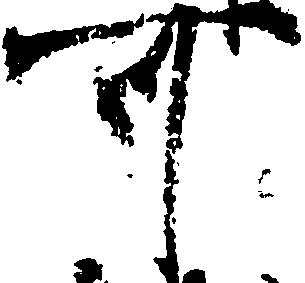
可